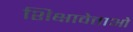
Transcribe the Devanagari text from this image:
शिक्षावेत्ताओं